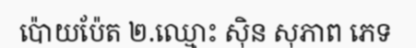
ប៉ោយប៉ែត ២.ឈ្មោះ ស៊ិន សុភាព ភេទ